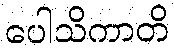
ပေါသိကာတိ